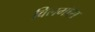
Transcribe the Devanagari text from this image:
विलमॉस